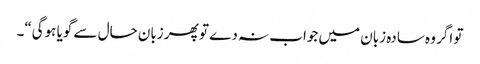
تو اگر وہ سادہ زبان میں جواب نہ دے تو پھر زبان حال سے گویا ہوگی“۔